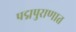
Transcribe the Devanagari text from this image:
पद्मपुराणात